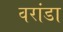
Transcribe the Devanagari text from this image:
वरांडा